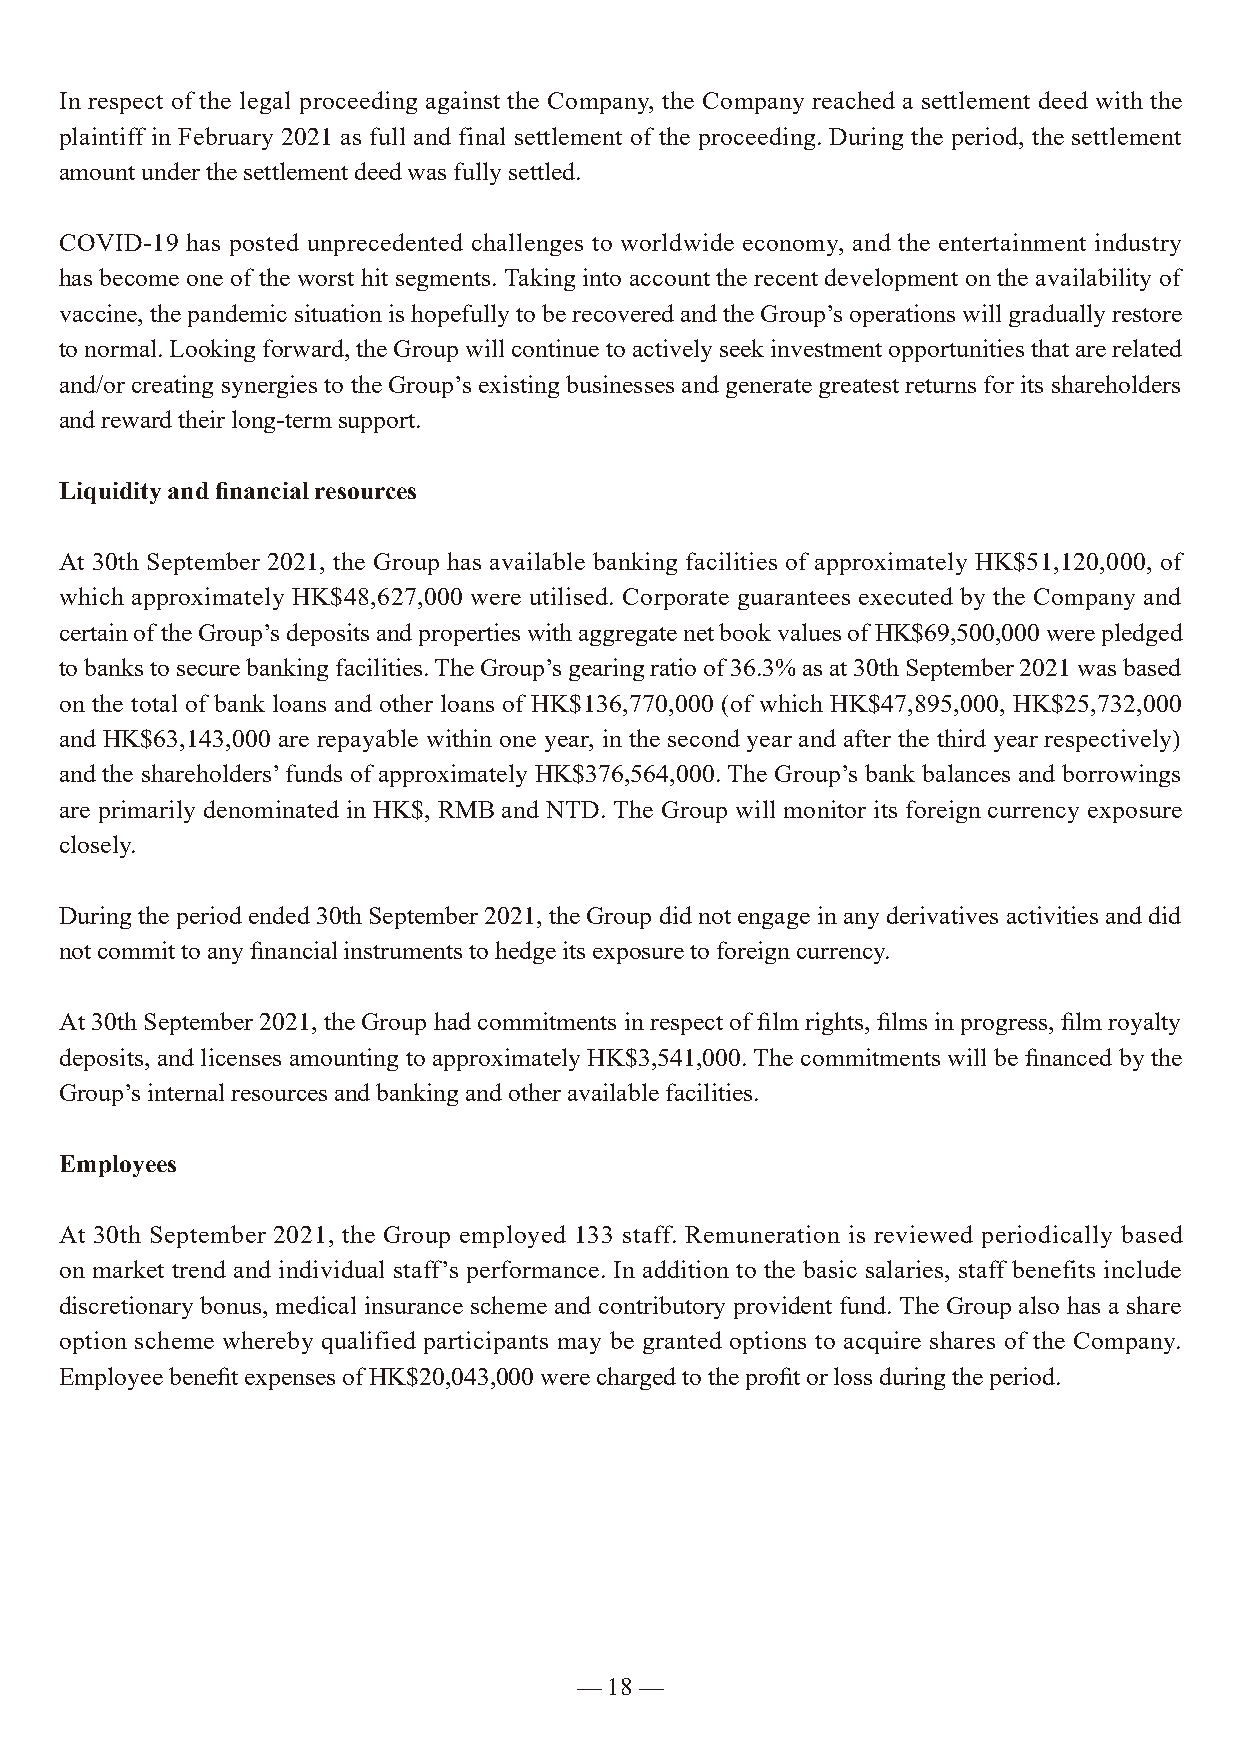
In respect of the legal proceeding against the Company, the Company reached a settlement deed with the
 plaintiff in February 2021 as full and final settlement of the proceeding. During the period, the settlement
 amount under the settlement deed was fully settled.
 COVID-19 has posted unprecedented challenges to worldwide economy, and the entertainment industry
 has become one of the worst hit segments. Taking into account the recent development on the availability of
 vaccine, the pandemic situation is hopefully to be recovered and the Group’s operations will gradually restore
 to normal. Looking forward, the Group will continue to actively seek investment opportunities that are related
 and/or creating synergies to the Group’s existing businesses and generate greatest returns for its shareholders
 and reward their long-term support.
 Liquidity and financial resources
 At 30th September 2021, the Group has available banking facilities of approximately HK$51,120,000, of
 which approximately HK$48,627,000 were utilised. Corporate guarantees executed by the Company and
 certain of the Group’s deposits and properties with aggregate net book values of HK$69,500,000 were pledged
 to banks to secure banking facilities. The Group’s gearing ratio of 36.3% as at 30th September 2021 was based
 on the total of bank loans and other loans of HK$136,770,000 (of which HK$47,895,000, HK$25,732,000
 and HK$63,143,000 are repayable within one year, in the second year and after the third year respectively)
 and the shareholders’ funds of approximately HK$376,564,000. The Group’s bank balances and borrowings
 are primarily denominated in HK$, RMB and NTD. The Group will monitor its foreign currency exposure
 closely.
 During the period ended 30th September 2021, the Group did not engage in any derivatives activities and did
 not commit to any financial instruments to hedge its exposure to foreign currency.
 At 30th September 2021, the Group had commitments in respect of film rights, films in progress, film royalty
 deposits, and licenses amounting to approximately HK$3,541,000. The commitments will be financed by the
 Group’s internal resources and banking and other available facilities.
 Employees
 At 30th September 2021, the Group employed 133 staff. Remuneration is reviewed periodically based
 on market trend and individual staff’s performance. In addition to the basic salaries, staff benefits include
 discretionary bonus, medical insurance scheme and contributory provident fund. The Group also has a share
 option scheme whereby qualified participants may be granted options to acquire shares of the Company.
 Employee benefit expenses of HK$20,043,000 were charged to the profit or loss during the period.
 — 18 —